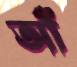
আঁ